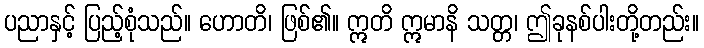
ပညာနှင့် ပြည့်စုံသည်။ ဟောတိ၊ ဖြစ်၏။ ဣတိ ဣမာနိ သတ္တ၊ ဤခုနစ်ပါးတို့တည်း။